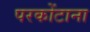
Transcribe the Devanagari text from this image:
परकोंटाना